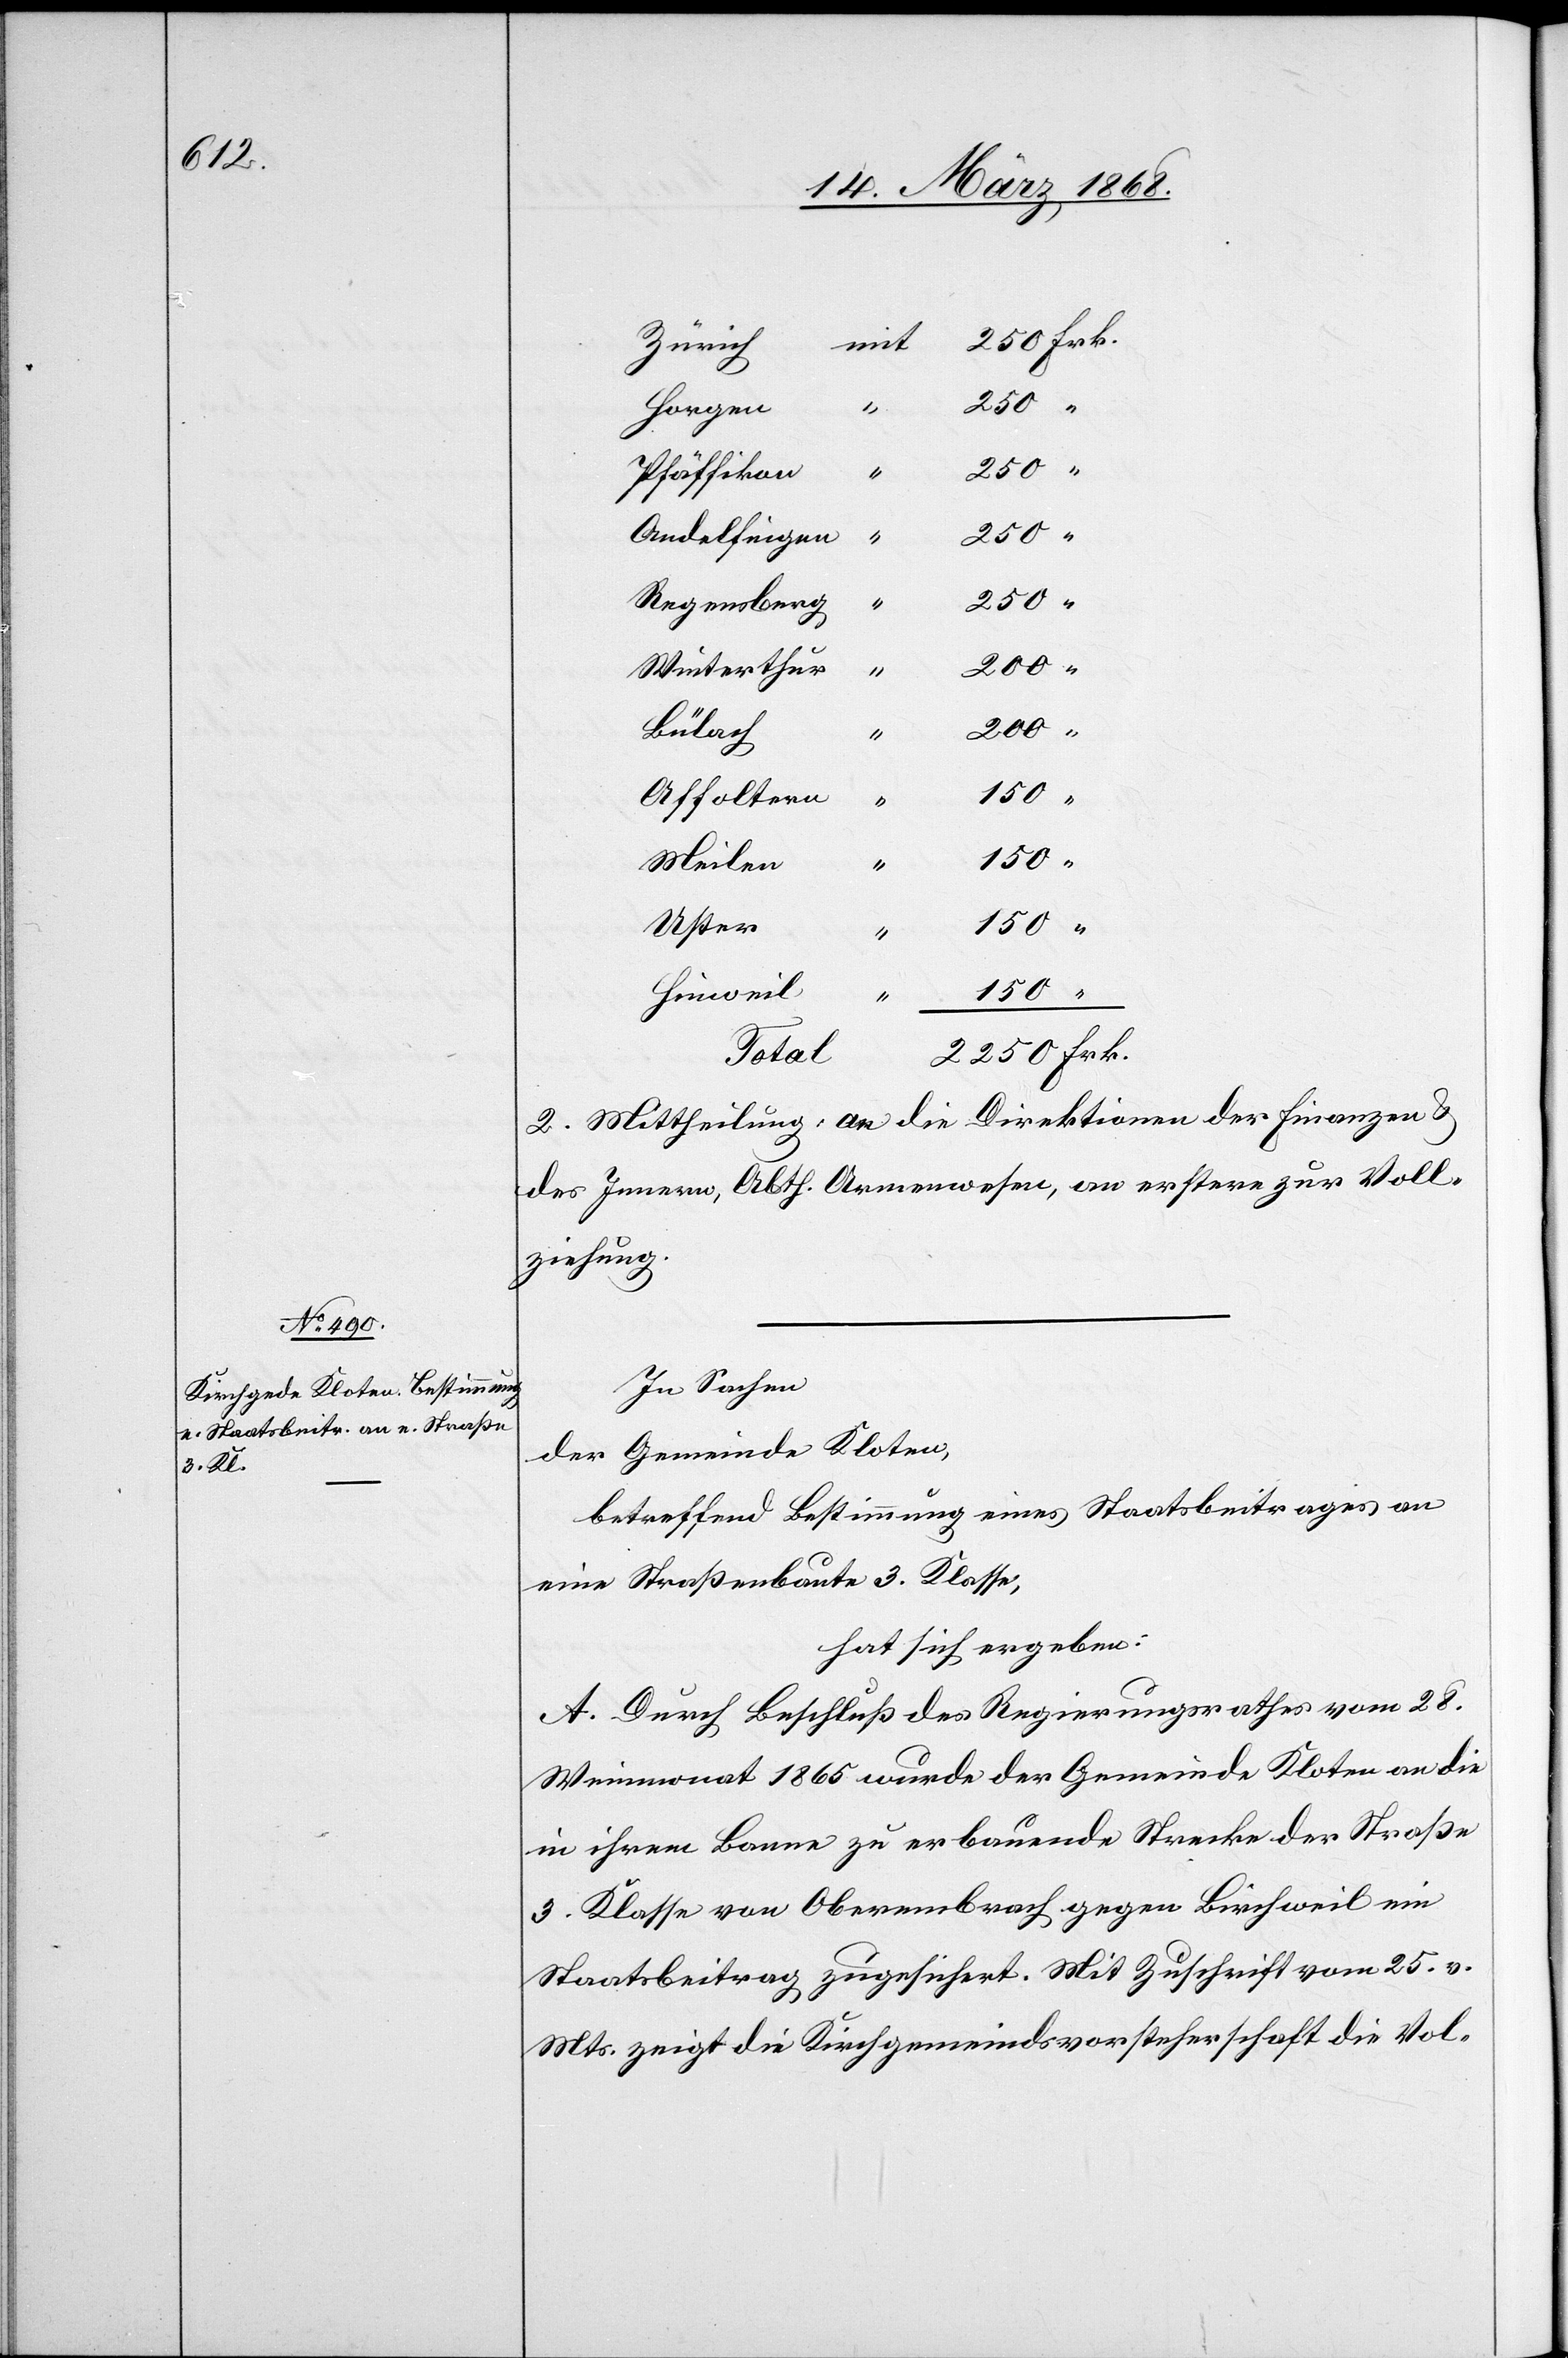
Zürich
250
Horgen
“
Pfäffikon
250 “
Andelfingen
“
Regensberg
200 “
Winterthur
“
200 “
Bülach
Affoltern
Meilen
150 “
Uster
“
Hinweil
150 “
mit
2250 Frk.
Total
2. Mittheilung: an die Direktionen der Finanzen &
des Innern, Abth. Armenwesen, an erstere zur Voll¬
ziehung.
In Sachen
der Gemeinde Kloten,
betreffend Bestimmung eines Staatsbeitrages an
eine Straßenbaute 3. Klasse,
hat sich ergeben:
A. Durch Beschluß des Regierungsrathes vom 28.
Weinmonat 1865 wurde der Gemeinde Kloten an die
in ihrem Banne zu erbauende Strecke der Straße
3. Klasse von Oberembrach gegen Birchweil ein
Staatsbeitrag zugesichert. Mit Zuschrift vom 25. v.
Mts. zeigt die Kirchgemeindsvorsteherschaft die Vol-